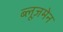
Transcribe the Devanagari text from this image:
ब्लूज़मेन